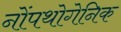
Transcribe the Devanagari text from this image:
नोंपथोगेनिक